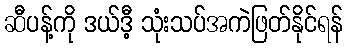
ဆီပန့်ကို ဒယ်ဒီ့ သုံးသပ်အကဲဖြတ်နိုင်ရန်